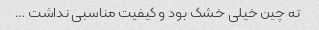
ته چین خیلی خشک بود و کیفیت مناسبی نداشت …